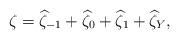
LaTeX: \begin{align*}\zeta=\widehat\zeta_{-1}+\widehat\zeta_{0}+\widehat\zeta_{1}+\widehat\zeta_{Y}, \end{align*}